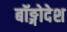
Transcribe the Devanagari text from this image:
बॉङ्गोदेश